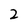
Character: 2